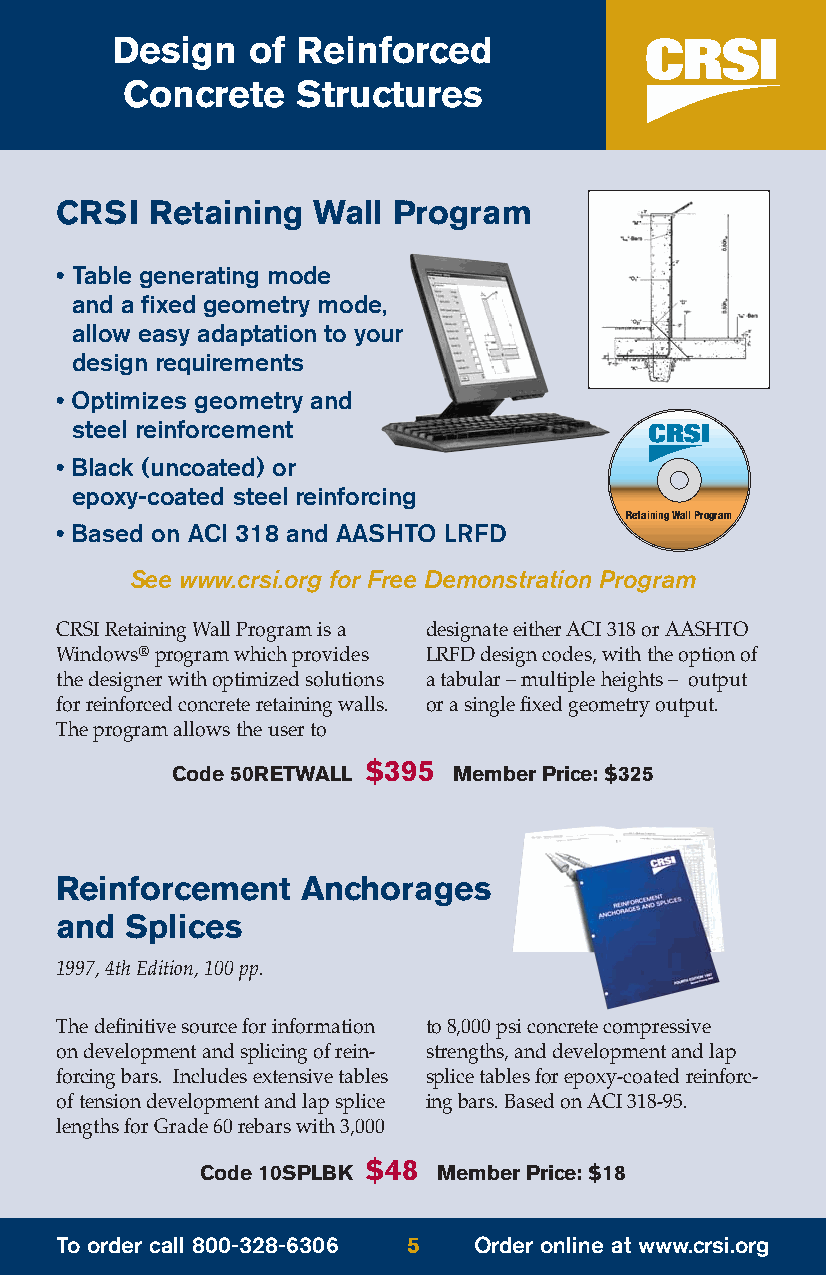
Design   of  Reinforced
 Concrete    Structures
 CRSI  Retaining  Wall Program
 • Table generating mode
 and a fixed geometry mode,
 allow easy adaptation to your
 design requirements
 • Optimizes geometry and
 steel reinforcement
 • Black (uncoated) or
 epoxy-coated steel reinforcing
 Retaining Wall Program
 • Based on ACI 318 and AASHTO LRFD
 See www.crsi.org for Free Demonstration Program
 CRSI Retaining Wall Program is a designate either ACI 318 or AASHTO
 Windows®program which provides LRFDdesign codes, with the option of
 the designer with optimized solutions a tabular – multiple heights – output
 for reinforced concrete retaining walls. or a single fixed geometry output.
 The program allows the user to
 $395
 Code 50RETWALL     Member Price: $325
 Reinforcement   Anchorages
 and Splices
 1997, 4th Edition, 100 pp.
 The definitive source for information to 8,000 psi concrete compressive
 on development and splicing of rein- strengths, and development and lap
 forcing bars. Includes extensive tables splice tables for epoxy-coated reinforc-
 of tension development and lap splice ing bars. Based on ACI 318-95.
 lengths for Grade 60 rebars with 3,000
 $48
 Code 10SPLBK    Member Price: $18
 To order call 800-328-6306 5 Order online at www.crsi.org